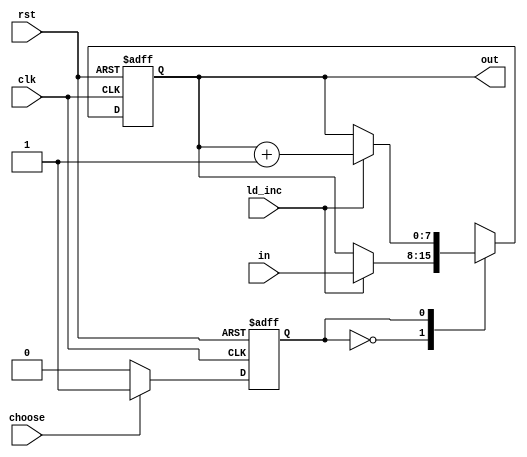
module reg8_localparam(input clk, input rst, input[7:0] in, input ld_inc, input choose, output[7:0] out);

localparam LOAD = 1'b0;
localparam INCREMENT = 1'b1;

reg [7:0] out_next;
reg [7:0] out_reg;

reg state_next, state_reg;

assign out = out_reg;

always @(posedge clk, negedge rst) begin
	if(!rst) begin
		out_reg <= 8'h00;
		state_reg <= 1'b0;
	end
	else begin
		out_reg <= out_next;
		state_reg <= state_next;
	end
end

always @(*) begin

	out_next = out_reg;
	state_next = state_reg;
	
	case(state_reg)
		LOAD: begin
			if(choose == 1'b1) state_next = INCREMENT;
			if(ld_inc) out_next = in;
		end
		
		INCREMENT: begin
			if(choose == 1'b0) state_next = LOAD;
			if(ld_inc) out_next = out_reg + 1'b1;
		end
	endcase;
end

endmodule